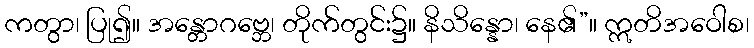
ကတွာ၊ ပြု၍။ အန္တောဂဗ္ဘေ၊ တိုက်တွင်း၌။ နိသိန္နော၊ နေ၏”။ ဣတိအဝေါစ၊